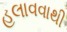
હલાવવાથી